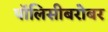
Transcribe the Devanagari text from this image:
पॉलिसीबरोबर